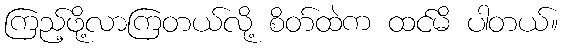
ကြည့်ဖို့လာကြတယ်လို့ စိတ်ထဲက ထင်မိ ပါတယ်။